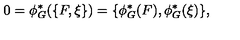
0 = \phi _ { G } ^ { * } ( \{ F , \xi \} ) = \{ \phi _ { G } ^ { * } ( F ) , \phi _ { G } ^ { * } ( \xi ) \} ,